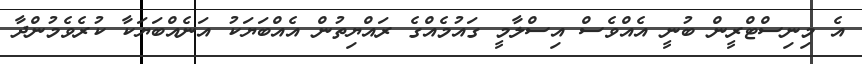
އެ މިނިސްޓްރީން ބުނީ އެއްވެސް އިސްލާމީ ގައުމެއްގެ ރައްޔިތުން އެއްބަޔަކު އަނެއްބަޔަކާ ކުރެވެމުންދާ